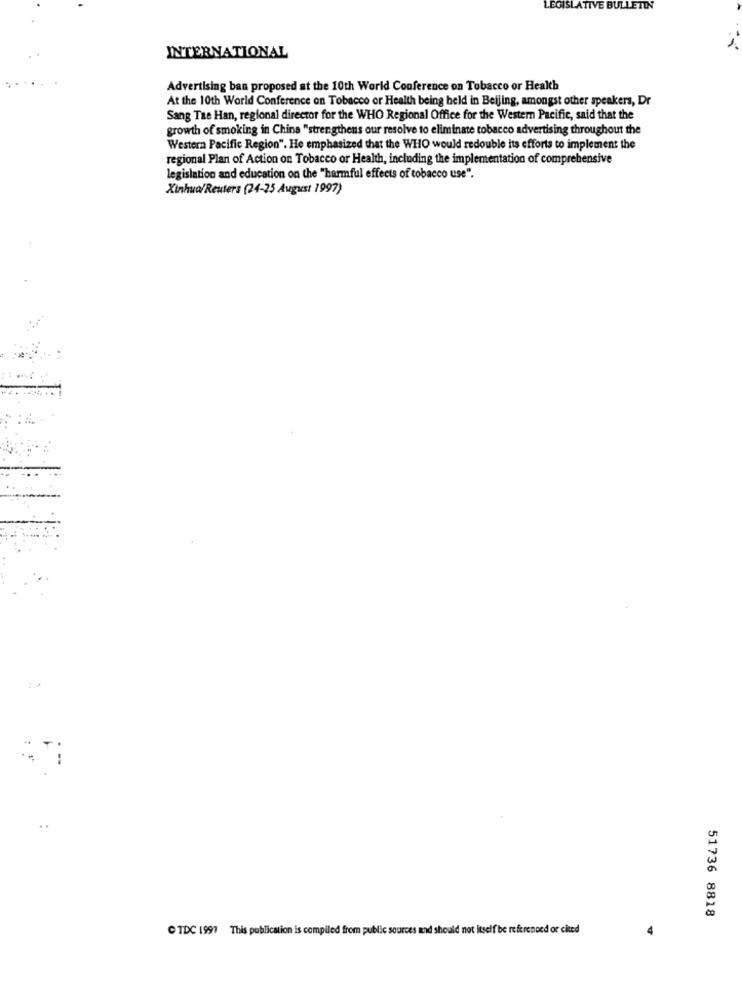
LEGISLATIVE BULLETIN
INTERNATIONAL
Advertising ban proposed at the 10th World Conference on Tobacco or Health
At the 10th World Conference on Tobacco or Health being held in Beijing, amongst other speakers, Dr
Sang Tae Han, regional director for the WHO Regional Office for the Western Pacific, said that the
growth of smoking in China "strengthens our resolve to eliminate tobacco advertising throughout the
Western Pacific Region". He emphasized that the WHO would redouble its efforts to implement the
regional Plan of Action on Tobacco or Health, including the implementation of comprehensive
legislation and education on the "harmful effects of tobacco use".
Xinhua/Reuters (24-25 August 1997)
51736 8818
C TDC 1997 This publication is compiled from public sources and should not itself be referenced or cited
4